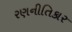
રણનીતિકાર